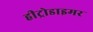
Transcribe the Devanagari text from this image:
हीट्रोडाइमर